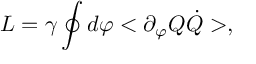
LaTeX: L = \gamma \oint d \varphi < \partial _ { \varphi } Q \dot { Q } > ,